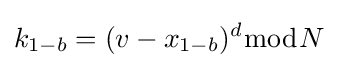
k_{1-b}=(v-x_{1-b})^{d}{\bmod {N}}